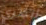
أنظري